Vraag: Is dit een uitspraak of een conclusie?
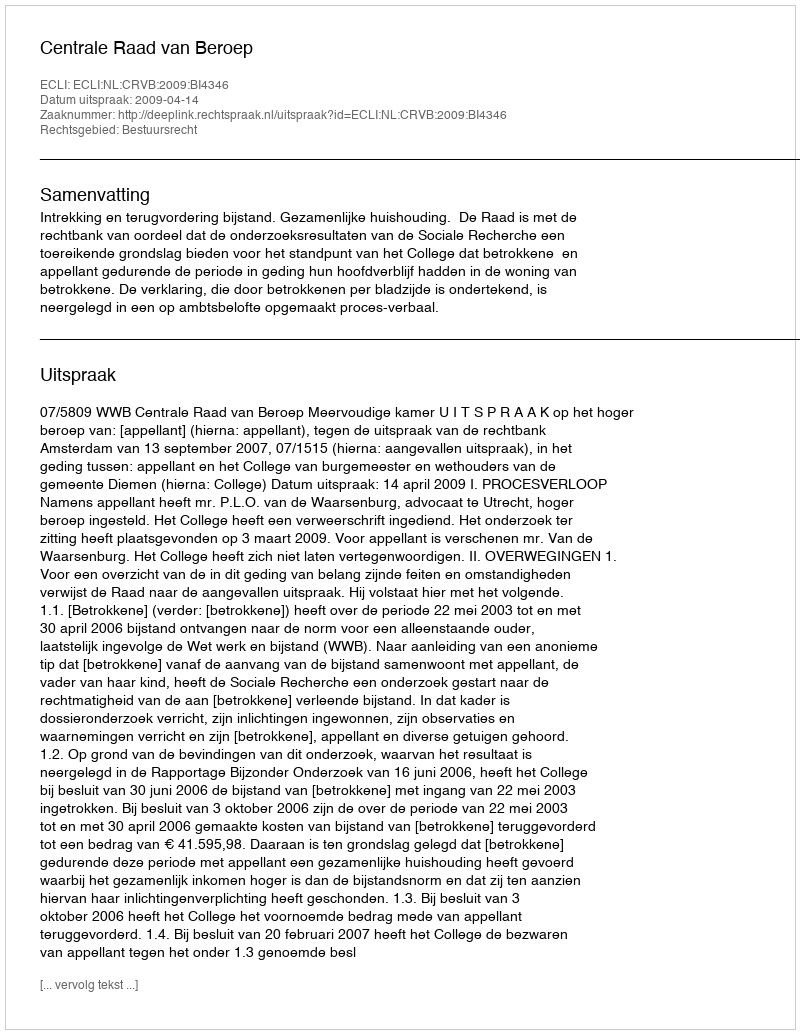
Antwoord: Uitspraak